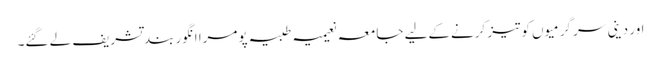
اور دینی سر گرمیوں کو تیز کرنےکےلیے جامعہ نعیمیہ طبیہ پومرا انگور بند تشریف لے گئے۔